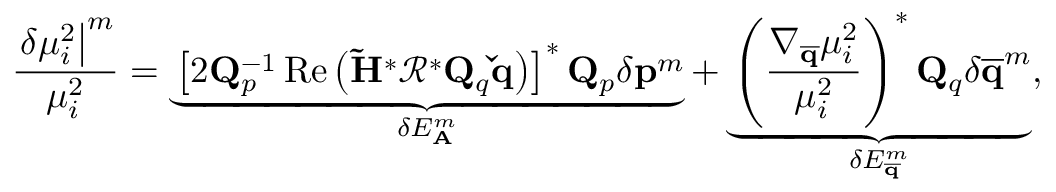
\frac { \left. \delta \mu _ { i } ^ { 2 } \right| ^ { m } } { \mu _ { i } ^ { 2 } } = \underbrace { \left[ 2 \mathbf { Q } _ { p } ^ { - 1 } \operatorname { R e } \left( \mathbf { \tilde { H } } ^ { * } \mathbf { \mathcal { R } } ^ { * } \mathbf { Q } _ { q } \mathbf { \check { q } } \right) \right] ^ { * } \mathbf { Q } _ { p } \delta \mathbf { p } ^ { m } } _ { \delta E _ { \mathbf { A } } ^ { m } } + \underbrace { \left( \frac { \nabla _ { \mathbf { \overline { { q } } } } \mu _ { i } ^ { 2 } } { \mu _ { i } ^ { 2 } } \right) ^ { * } \mathbf { Q } _ { q } \delta \mathbf { \overline { { q } } } ^ { m } } _ { \delta E _ { \mathbf { \overline { { q } } } } ^ { m } } ,